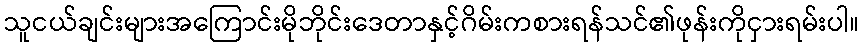
သူငယ်ချင်းများအကြောင်းမိုဘိုင်းဒေတာနှင့်ဂိမ်းကစားရန်သင်၏ဖုန်းကိုငှားရမ်းပါ။